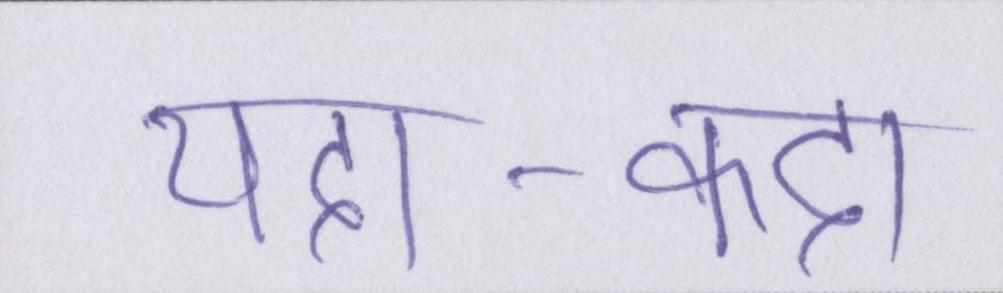
यदा-कदा